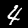
Label: 4